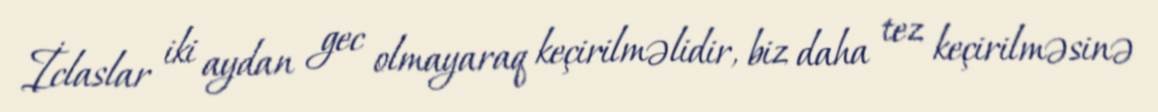
İclaslar iki aydan gec olmayaraq keçirilməlidir, biz daha tez keçirilməsinə